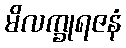
မိလက္ခုရဇနံ